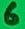
Text: 6